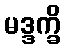
မဒ္ဒက္ခိ